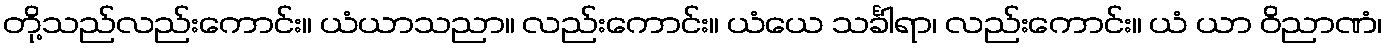
တို့သည်လည်းကောင်း။ ယံယာသညာ။ လည်းကောင်း။ ယံယေ သင်္ခါရာ၊ လည်းကောင်း။ ယံ ယာ ဝိညာဏံ၊